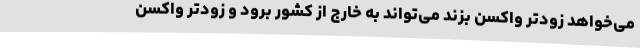
می‌خواهد زودتر واکسن بزند می‌تواند به خارج از کشور برود و زودتر واکسن